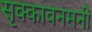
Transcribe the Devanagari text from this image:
सृक्कावनमनी